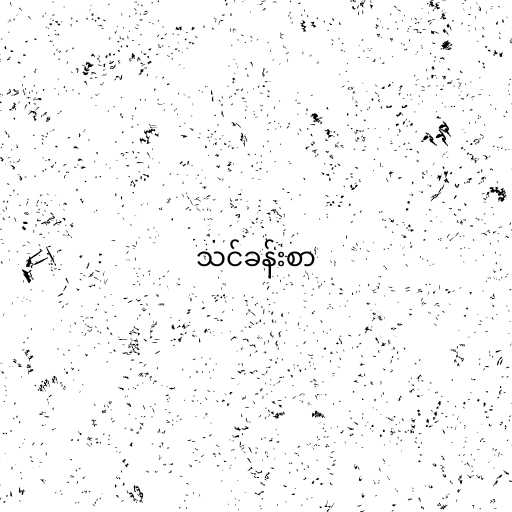
သင်ခန်းစာ